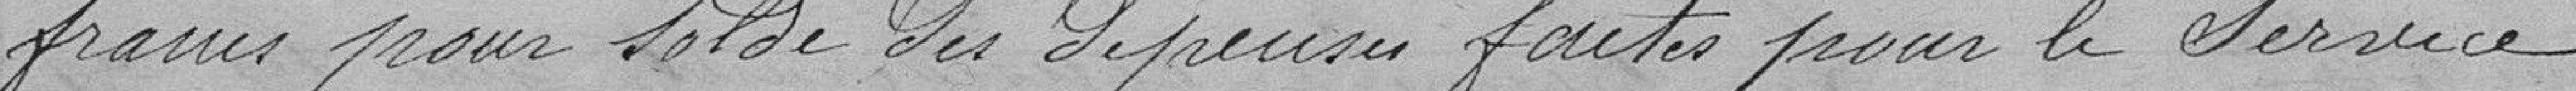
francs pour solde des dépenses faites pour le service